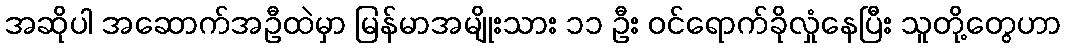
အဆိုပါ အဆောက်အဦထဲမှာ မြန်မာအမျိုးသား ၁၁ ဦး ဝင်ရောက်ခိုလှုံနေပြီး သူတို့တွေဟာ